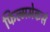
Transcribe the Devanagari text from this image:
फिल्ममेकर्स